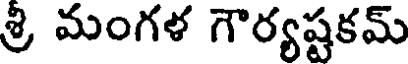
శ్రి మంగళ గౌర్యష్టకమ్